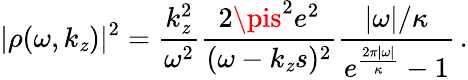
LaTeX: |\rho(\omega,k_{\mathit{z}})|^{2}=\frac{{k_{\mathit{z}}^{2}}}{{\omega^{2}}}\frac{{2\pis^{2}e^{2}}}{{(\omega-k_{\mathit{z}}s)^{2}}}\frac{{|\omega|/\kappa}}{{e^{\frac{{2\pi|\omega|}}{{\kappa}}}-1}}\, .